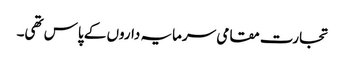
تجارت مقامی سرمایہ داروں کے پاس تھی۔